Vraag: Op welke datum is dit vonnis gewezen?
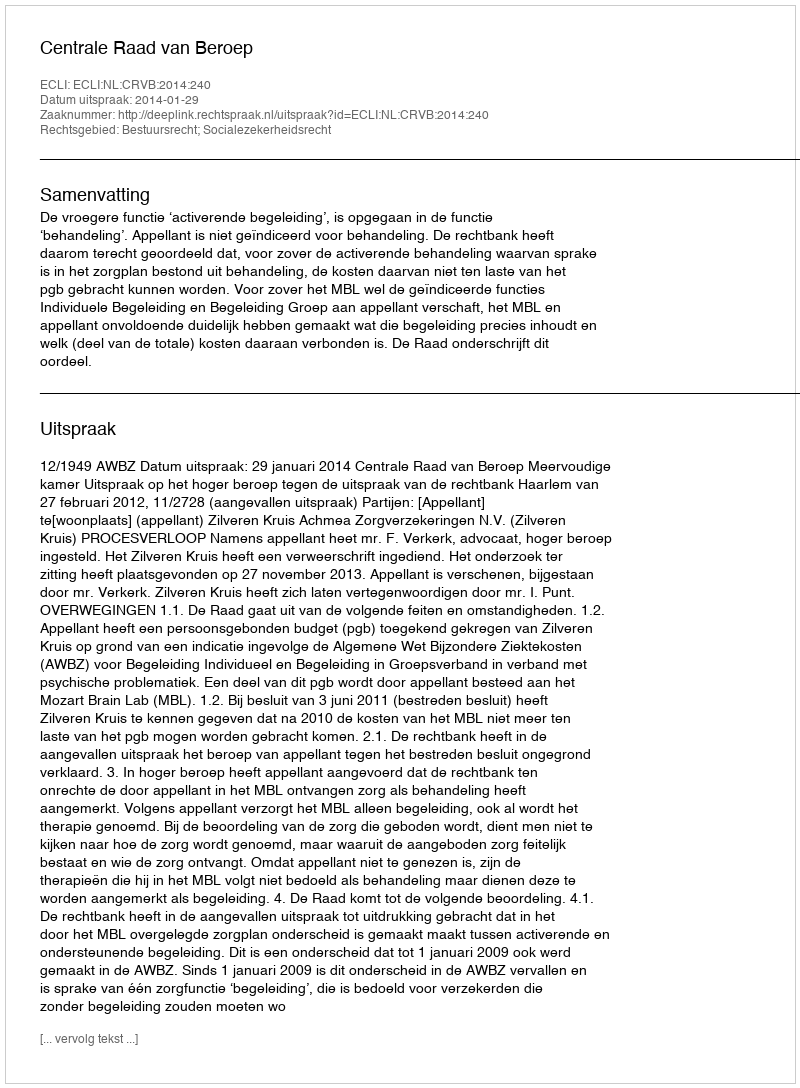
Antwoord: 2014-01-29